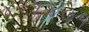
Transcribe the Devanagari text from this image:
४२५४०१